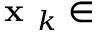
{ \textbf { x } } _ { k } \in